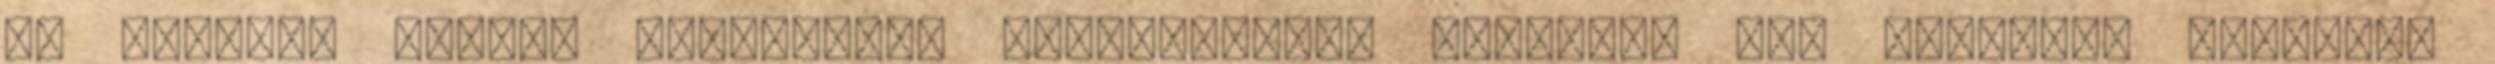
és vezérlő egység Hangszóró, fejhallgató, mikrofon Ház mini-ITX Házhűtés